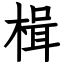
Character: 楫